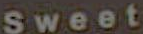
Sweet